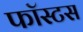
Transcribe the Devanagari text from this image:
फॉस्टस